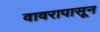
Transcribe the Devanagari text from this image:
वावरापासून